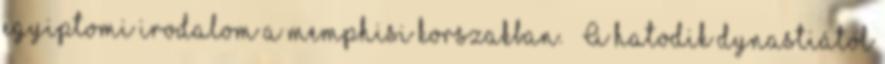
egyiptomi irodalom a memphisi korszakban.  A hatodik dynastiától